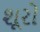
શૂરો